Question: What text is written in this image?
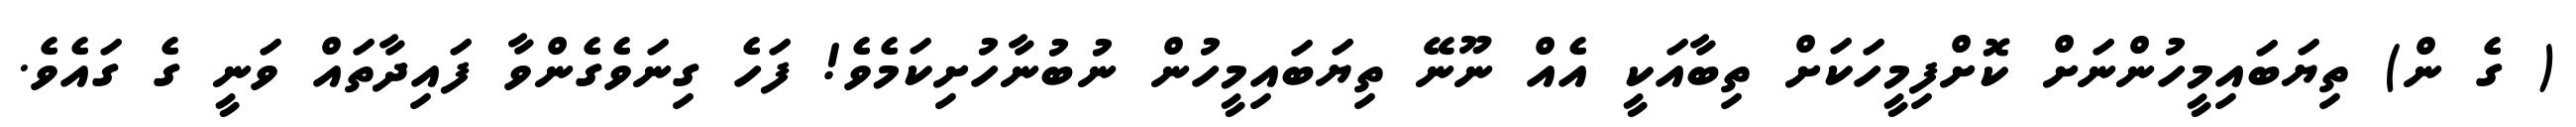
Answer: ( ގެ ން) ތިޔަބައިމީހުންނަށް ކޮށްފިމީހަކަށް ތިބާއަކީ އެއް ނޫނޭ ތިޔަބައިމީހުން ނުބުނާހުށިކަމެވެ! ފަހެ ގިނަވެގެންވާ ފައިދާތައް ވަނީ ގެ ގައެވެ.